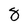
Character: 8